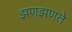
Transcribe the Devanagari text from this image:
झणझणते